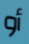
أو